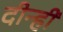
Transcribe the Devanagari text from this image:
दीन्‍हीं